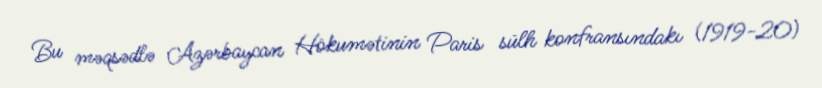
Bu məqsədlə Azərbaycan Hökumətinin Paris sülh konfransındakı (1919-20)